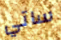
ساتي